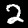
Digit: 2